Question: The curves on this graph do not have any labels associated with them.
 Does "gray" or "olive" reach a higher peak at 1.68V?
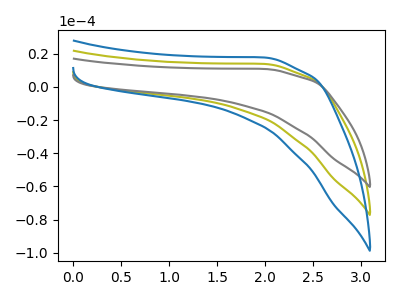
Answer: <think>The olive curve "olive" has no peaks. The gray curve "gray" has no peaks. The blue curve "blue" has no peaks.</think>
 <answer>"gray" and "olive" dont share a peak at 1.68V.</answer>
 <eval>mismatch</eval>